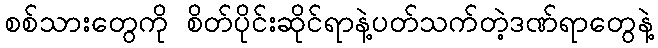
စစ်သားတွေကို စိတ်ပိုင်းဆိုင်ရာနဲ့ပတ်သက်တဲ့ဒဏ်ရာတွေနဲ့